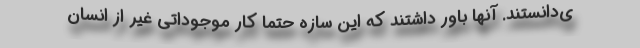
ی‌دانستند. آنها باور داشتند که این سازه حتما کار موجوداتی غیر از انسان